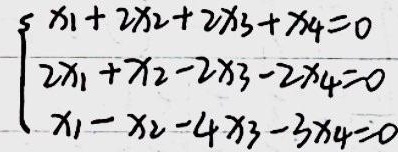
\[\begin{cases}
x_1 + 2x_2 + 2x_3 + x_4 = 0 \\
2x_1 + x_2 - 2x_3 - 2x_4 = 0 \\
x_1 - x_2 - 4x_3 - 3x_4 = 0
\end{cases}\]